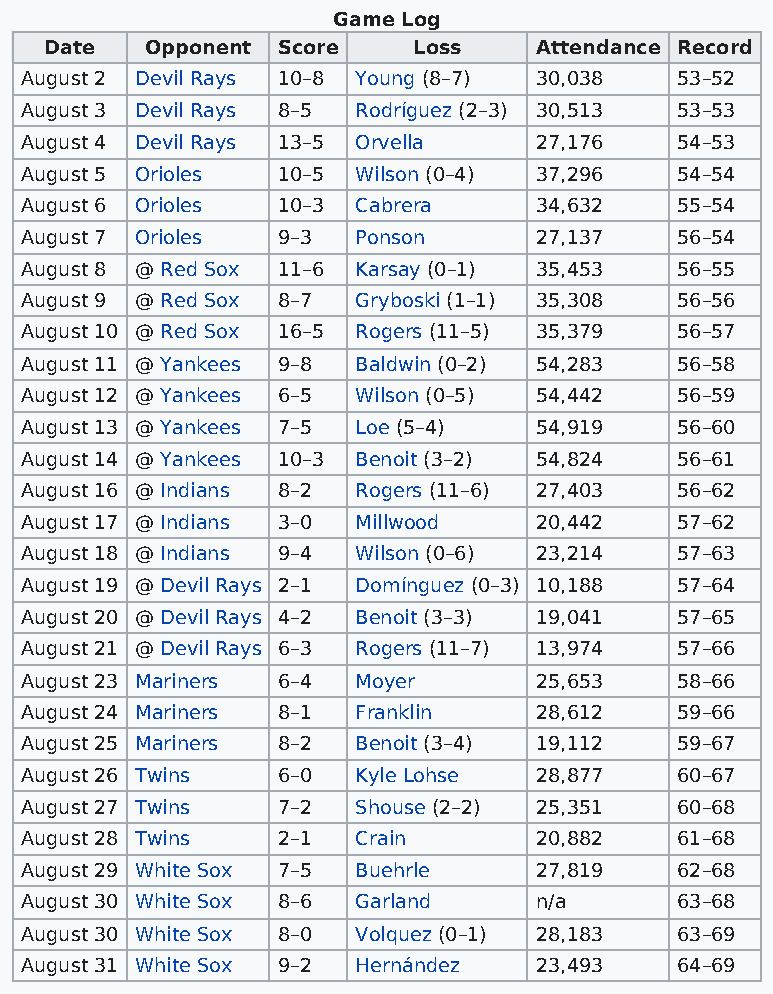
Game Log
 Date   Opponent Score   Loss    Attendance Record
 August 2 Devil Rays 10–8 Young (8–7) 30,038 53–52
 August 3 Devil Rays 8–5 Rodríguez (2–3) 30,513 53–53
 August 4 Devil Rays 13–5 Orvella  27,176    54–53
 August 5 Orioles 10–5  Wilson (0–4) 37,296  54–54
 August 6 Orioles 10–3  Cabrera    34,632    55–54
 August 7 Orioles 9–3   Ponson     27,137    56–54
 August 8 @ Red Sox 11–6 Karsay (0–1) 35,453 56–55
 August 9 @ Red Sox 8–7 Gryboski (1–1) 35,308 56–56
 August 10 @ Red Sox 16–5 Rogers (11–5) 35,379 56–57
 August 11 @ Yankees 9–8 Baldwin (0–2) 54,283 56–58
 August 12 @ Yankees 6–5 Wilson (0–5) 54,442 56–59
 August 13 @ Yankees 7–5 Loe (5–4) 54,919    56–60
 August 14 @ Yankees 10–3 Benoit (3–2) 54,824 56–61
 August 16 @ Indians 8–2 Rogers (11–6) 27,403 56–62
 August 17 @ Indians 3–0 Millwood  20,442    57–62
 August 18 @ Indians 9–4 Wilson (0–6) 23,214 57–63
 August 19 @ Devil Rays 2–1 Domínguez (0–3) 10,188 57–64
 August 20 @ Devil Rays 4–2 Benoit (3–3) 19,041 57–65
 August 21 @ Devil Rays 6–3 Rogers (11–7) 13,974 57–66
 August 23 Mariners 6–4 Moyer      25,653    58–66
 August 24 Mariners 8–1 Franklin   28,612    59–66
 August 25 Mariners 8–2 Benoit (3–4) 19,112  59–67
 August 26 Twins  6–0   Kyle Lohse 28,877    60–67
 August 27 Twins  7–2   Shouse (2–2) 25,351  60–68
 August 28 Twins  2–1   Crain      20,882    61–68
 August 29 White Sox 7–5 Buehrle   27,819    62–68
 August 30 White Sox 8–6 Garland   n/a       63–68
 August 30 White Sox 8–0 Volquez (0–1) 28,183 63–69
 August 31 White Sox 9–2 Hernández 23,493    64–69